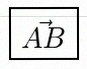
\vec{AB}